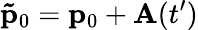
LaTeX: \mathbf{\tilde{p}}_{0}=\mathbf{p}_{0}+\mathbf{A}(t^{\prime})